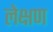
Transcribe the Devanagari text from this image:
लेक्षण